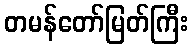
တမန်တော်မြတ်ကြီး